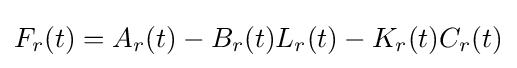
F_{r}(t)=A_{r}(t)-B_{r}(t)L_{r}(t)-K_{r}(t)C_{r}(t)